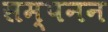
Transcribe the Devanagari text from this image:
सम्पनन